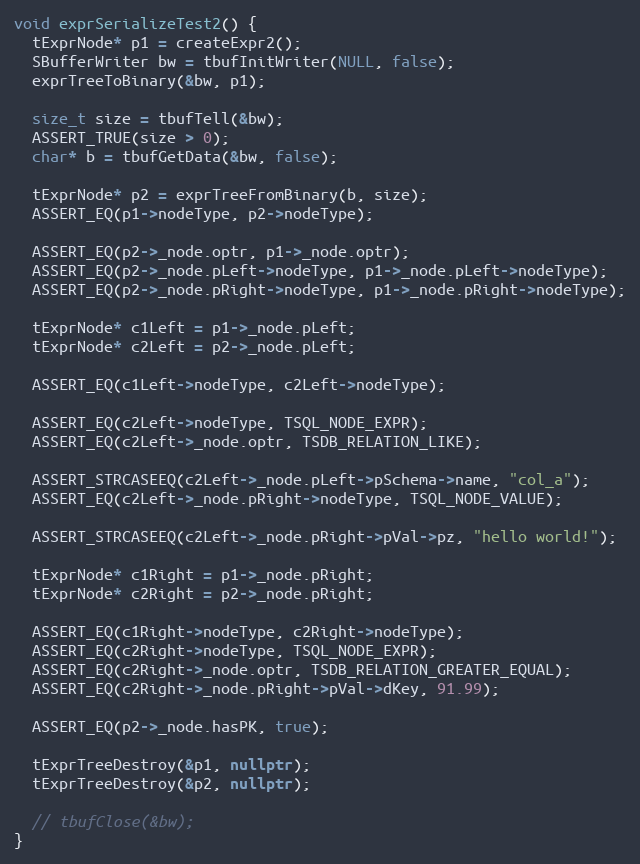
Language: C++
void exprSerializeTest2() {
  tExprNode* p1 = createExpr2();
  SBufferWriter bw = tbufInitWriter(NULL, false);
  exprTreeToBinary(&bw, p1);

  size_t size = tbufTell(&bw);
  ASSERT_TRUE(size > 0);
  char* b = tbufGetData(&bw, false);

  tExprNode* p2 = exprTreeFromBinary(b, size);
  ASSERT_EQ(p1->nodeType, p2->nodeType);

  ASSERT_EQ(p2->_node.optr, p1->_node.optr);
  ASSERT_EQ(p2->_node.pLeft->nodeType, p1->_node.pLeft->nodeType);
  ASSERT_EQ(p2->_node.pRight->nodeType, p1->_node.pRight->nodeType);

  tExprNode* c1Left = p1->_node.pLeft;
  tExprNode* c2Left = p2->_node.pLeft;

  ASSERT_EQ(c1Left->nodeType, c2Left->nodeType);

  ASSERT_EQ(c2Left->nodeType, TSQL_NODE_EXPR);
  ASSERT_EQ(c2Left->_node.optr, TSDB_RELATION_LIKE);

  ASSERT_STRCASEEQ(c2Left->_node.pLeft->pSchema->name, "col_a");
  ASSERT_EQ(c2Left->_node.pRight->nodeType, TSQL_NODE_VALUE);

  ASSERT_STRCASEEQ(c2Left->_node.pRight->pVal->pz, "hello world!");

  tExprNode* c1Right = p1->_node.pRight;
  tExprNode* c2Right = p2->_node.pRight;

  ASSERT_EQ(c1Right->nodeType, c2Right->nodeType);
  ASSERT_EQ(c2Right->nodeType, TSQL_NODE_EXPR);
  ASSERT_EQ(c2Right->_node.optr, TSDB_RELATION_GREATER_EQUAL);
  ASSERT_EQ(c2Right->_node.pRight->pVal->dKey, 91.99);

  ASSERT_EQ(p2->_node.hasPK, true);

  tExprTreeDestroy(&p1, nullptr);
  tExprTreeDestroy(&p2, nullptr);

  // tbufClose(&bw);
}